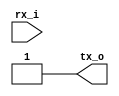
`timescale 1ns / 1ps
`define clk_period  20

module uart_vd(
    input rx_i,
    output reg tx_o
);

//-------------------------------------------------------------------------------    
reg [7:0] rx_data;
reg [7:0] tx_data;

reg start_bit, stop_bit, rx_done;
//-------------------------------------------------------------------------------
initial
begin
    tx_o = 1;    
    rx_done = 0;
    start_bit = 0;

    rx_data = 8'h00;    
    tx_data = 8'h55;     

    #(`clk_period * 10); 
    tx_task;
end       

//----------------------------------------------------------------------
task tx_task;
    begin
            tx_o = 0;              
            #(`clk_period * 10);      //start bit;

            tx_o = tx_data[0];          //bit 0;
            #(`clk_period * 10);    

            tx_o = tx_data[1];          //bit 1;
            #(`clk_period * 10);       

            tx_o = tx_data[2];          //bit 2;  
            #(`clk_period * 10);    

            tx_o = tx_data[3];          //bit 3;
            #(`clk_period * 10);     

            tx_o = tx_data[4];          //bit 4;
            #(`clk_period * 10);        

            tx_o = tx_data[5];          //bit 5;
            #(`clk_period * 10);           

            tx_o = tx_data[6];          //bit 6;
            #(`clk_period * 10);            

            tx_o = tx_data[7];          //bit 7;
            #(`clk_period * 10);            

            tx_o = 1;                   //stop bit;
            #(`clk_period * 10);         

            tx_o = 1; 
    end
endtask    

//-------------------------------------------------------------------------------    
always @(negedge rx_i)
    begin
        rx_done = 0;
        rx_data = 8'h00;

        #(`clk_period * 5) start_bit = rx_i;
        if ( start_bit == 0 )
        begin
            #(`clk_period * 10);     rx_data[0] = rx_i;
            #(`clk_period * 10);     rx_data[1] = rx_i;
            #(`clk_period * 10);     rx_data[2] = rx_i;
            #(`clk_period * 10);     rx_data[3] = rx_i;
            #(`clk_period * 10);     rx_data[4] = rx_i;
            #(`clk_period * 10);     rx_data[5] = rx_i;       
            #(`clk_period * 10);     rx_data[6] = rx_i;
            #(`clk_period * 10);     rx_data[7] = rx_i;  
            #(`clk_period * 10);     stop_bit   = rx_i;     
            #(`clk_period * 10);     
            if ( stop_bit == 1 )
            begin
                rx_done = 1;
            end else begin
                rx_done = 0;
            end                    
        end
    end   

//-------------------------------------------------------------------------------    
endmodule